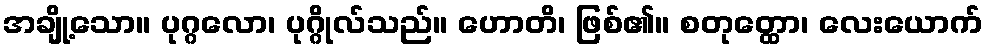
အချို့သော။ ပုဂ္ဂလော၊ ပုဂ္ဂိုလ်သည်။ ဟောတိ၊ ဖြစ်၏။ စတုတ္ထော၊ လေးယောက်